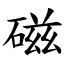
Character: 磁